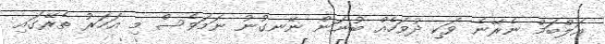
އަލްބަމް ނެރޭނެ ވަކި ދުވަހެއް ބުނަން ނޭނގުނު ނަމަވެސް މި އަހަރު ތެރޭގައި